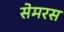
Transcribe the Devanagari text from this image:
सेमरस